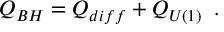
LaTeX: Q _ { B H } = Q _ { d i f f } + Q _ { U ( 1 ) } \; \; .